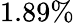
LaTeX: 1.89\%